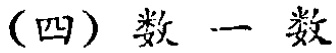
(四) 数一数